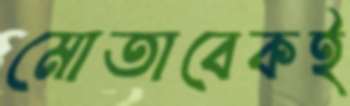
মোতাবেকই